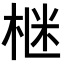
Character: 𪲛